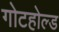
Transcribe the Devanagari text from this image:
गोटहोल्ड